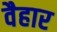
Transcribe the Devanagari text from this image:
वैहार